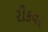
રીકવર